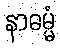
နာဓမ္မံ